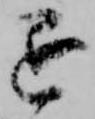
退